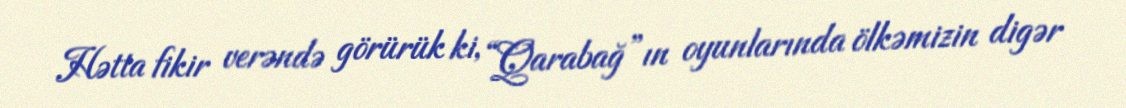
Hətta fikir verəndə görürük ki, “Qarabağ”ın oyunlarında ölkəmizin digər